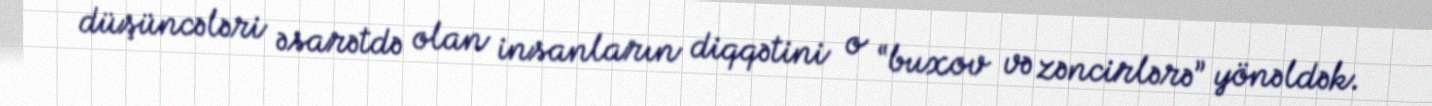
düşüncələri əsarətdə olan insanların diqqətini o “buxov və zəncirlərə” yönəldək.